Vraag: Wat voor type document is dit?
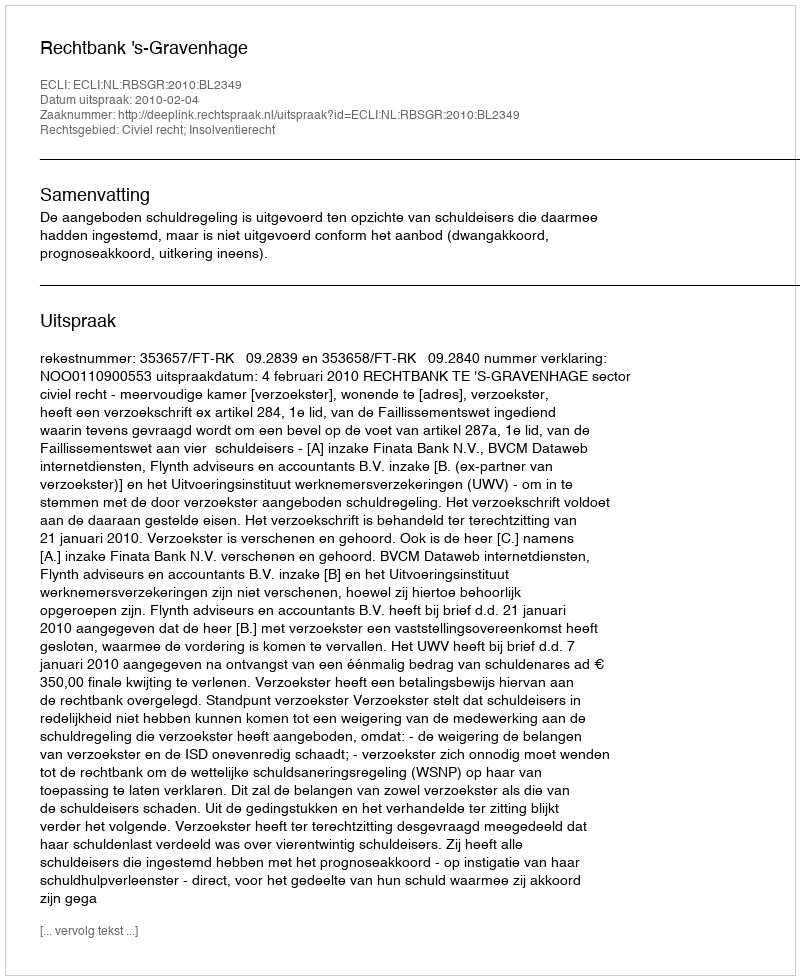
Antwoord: Uitspraak